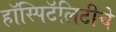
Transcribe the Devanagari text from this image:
हॉस्पिटॅलिटीचे